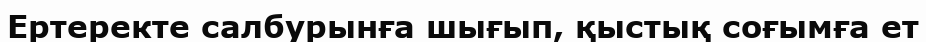
Ертеректе салбурынға шығып, қыстық соғымға ет